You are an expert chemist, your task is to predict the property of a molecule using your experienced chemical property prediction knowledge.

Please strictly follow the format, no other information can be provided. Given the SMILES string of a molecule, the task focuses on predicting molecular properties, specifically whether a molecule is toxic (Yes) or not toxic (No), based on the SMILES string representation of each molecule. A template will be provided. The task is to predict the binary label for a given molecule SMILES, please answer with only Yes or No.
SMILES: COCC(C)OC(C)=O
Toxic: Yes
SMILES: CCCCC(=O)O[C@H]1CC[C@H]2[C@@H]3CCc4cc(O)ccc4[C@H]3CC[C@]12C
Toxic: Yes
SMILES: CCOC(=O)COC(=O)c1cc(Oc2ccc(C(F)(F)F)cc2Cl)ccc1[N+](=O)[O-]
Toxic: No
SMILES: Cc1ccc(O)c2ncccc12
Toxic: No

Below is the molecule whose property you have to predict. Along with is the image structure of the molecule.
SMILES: CCC(C(=O)OCCN(CC)CC)c1ccccc1
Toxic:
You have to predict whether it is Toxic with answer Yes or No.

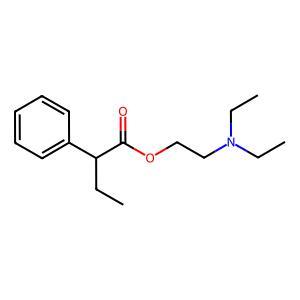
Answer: No